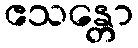
ဧသန္တော